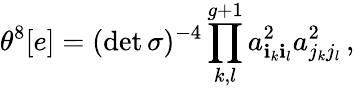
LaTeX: \theta^{8}[e]=(\operatorname*{det}{\sigma})^{-4}\prod_{k,l}^{g+1}a_{\mathbf{i}_{k}\mathbf{i}_{l}}^{2}a_{j_{k}j_{l}}^{2}\, ,